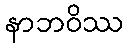
နာဘဝိဿ